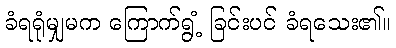
ခံရရုံမျှမက ကြောက်ရွံ့ ခြင်းပင် ခံရသေး၏။